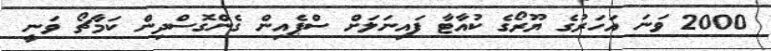
2000 ވަނަ އަހަރުގެ ޔޫރޯގެ ކުއާޓާ ފައިނަލަށް ސްޕެއިން ގެންގޮސްދިން ކަމާޗޯ ވަނީ